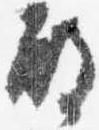
殿